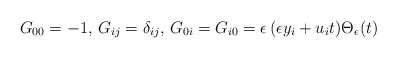
\begin{align*}G_{00} = -1, \, G_{ij} = \delta_{ij}, \,G_{0i} = G_{i0} = \epsilon\,(\epsilon y_i + u_i t) \Theta_{\epsilon} (t) \end{align*}